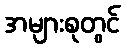
အများစုတွင်